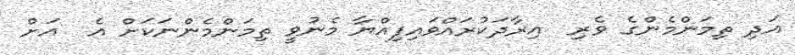
އަދި ތިމަންމެންގެ ވެރި  އިރާދަކުރައްވައިފިއްޔާ މެނުވީ ތިމަންމެންނަކަށް އެ  އަށް